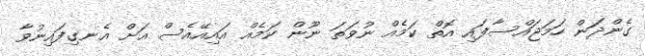
ގެންދަން ހަމަޖައްސާފައި އޮތް ކަމެއް ނުވަތަ ނޫން ކަމެއް އައިއޭއެސް އަށް އެނގިފައިނުވާ